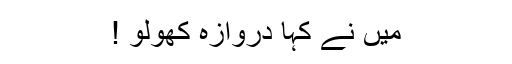
میں نے کہا دروازہ کھولو !